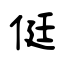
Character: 侹